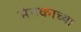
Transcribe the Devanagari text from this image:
मेनकाच्या